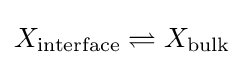
X_{\text{interface}}\rightleftharpoons X_{\text{bulk}}